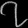
Digit: ၇